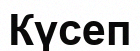
Күсеп